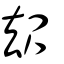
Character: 叝